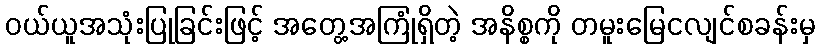
ဝယ်ယူအသုံးပြုခြင်းဖြင့် အတွေ့အကြုံရှိတဲ့ အနိစ္စကို တမူးမြေငလျင်စခန်းမှ